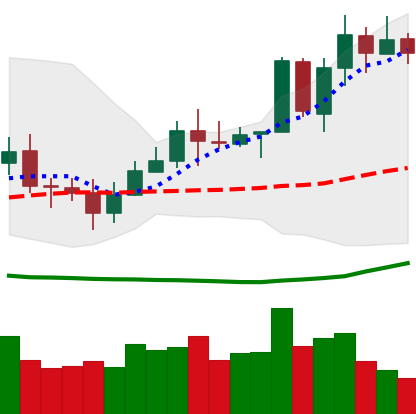
Ticker: TRX-USD
Chart end date: 2020-07-12
Forward return: -5.344%
Label: down_5_7